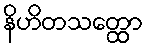
နိဟိတသတ္ထော